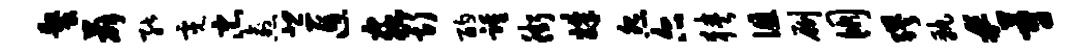
螯薛能霓忠愈悲匠虫斯酌踵街姝怨尔狭徂劂朋缪孰#蔚